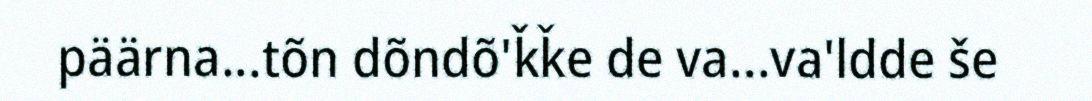
päärna...tõn dõndõ'ǩǩe de va...va'ldde še